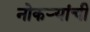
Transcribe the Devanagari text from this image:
नोकऱ्यांची